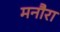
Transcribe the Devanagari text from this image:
मनौरा